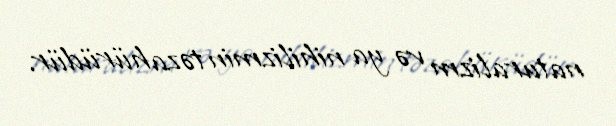
naturalizm və ya nihilizmin təzahürüdür.